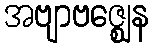
အဗျာဗဇ္ဈေန